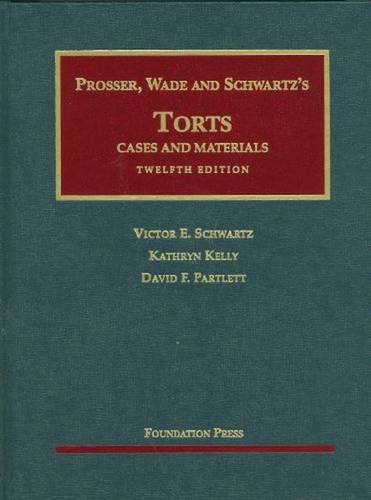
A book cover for Prosser, Wade and Schwartz's Torts: Cases and Materials, 12th Edition; Victor E. Schwartz; Law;